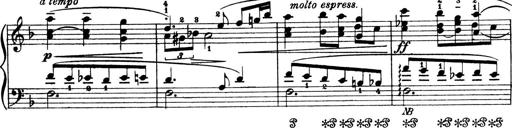
Title: 4 Sonatines
Composer: Max Reger